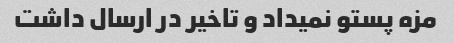
مزه پستو نمیداد و تاخیر در ارسال داشت